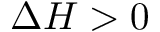
\Delta H > 0